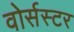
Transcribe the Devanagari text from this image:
वोर्सस्टर